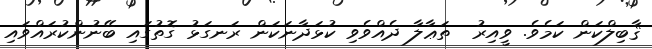
ޤާބިލްކަން ކަމެވެ. ވީއިރު  ތަޢާލާ ދެއްވެވި ކުޅަދާނަކަން ރަނގަޅު ގޮތުގައި ބޭނުންކުރައްވައި